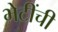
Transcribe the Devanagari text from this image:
भेटींची